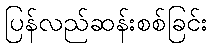
ပြန်လည်ဆန်းစစ်ခြင်း